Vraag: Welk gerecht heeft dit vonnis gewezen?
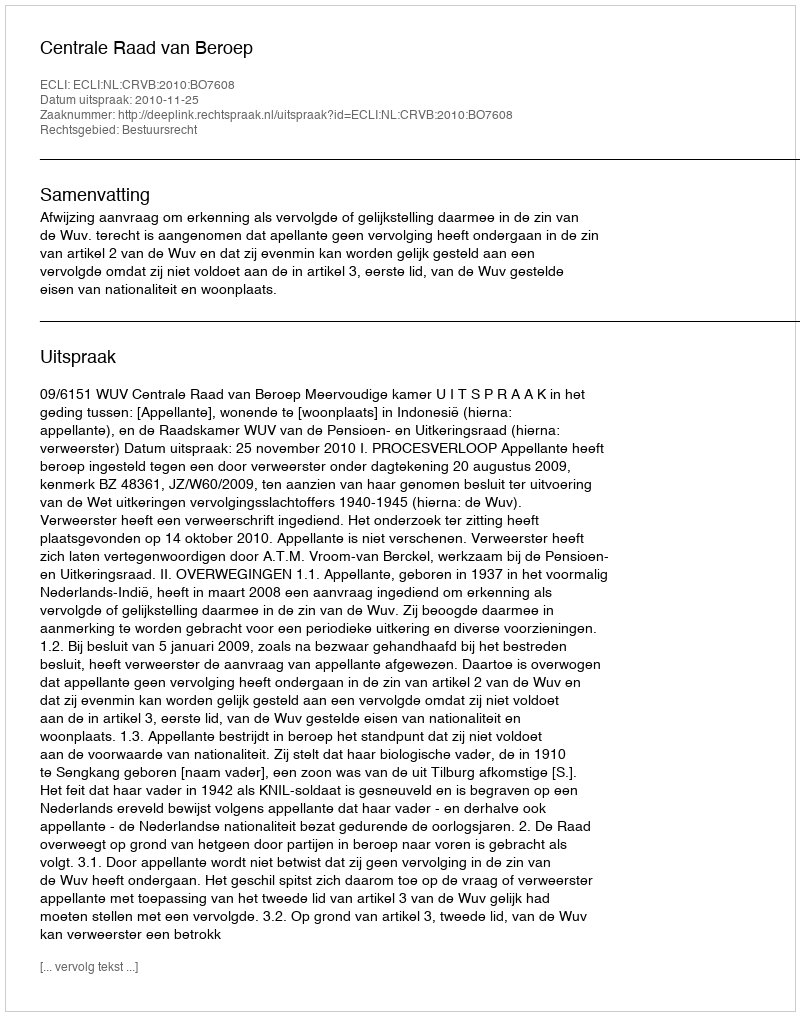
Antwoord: Centrale Raad van Beroep